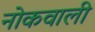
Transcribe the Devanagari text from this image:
नोकवाली